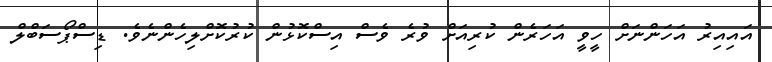
އައިއިރު އަހަންނަށް ހީވީ އަހަރެން ކުރިއަށް ވުރެ ވެސް އިސްކޮޅުން ކުރުކޮށްލިހެންނެވެ. ޑިސްޕޯސަބްލް